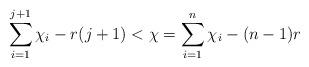
LaTeX: \begin{align*} \sum\limits_{i=1}^{j+1}\chi_i - r(j+1) < \chi = \sum\limits_{i=1}^n \chi_i - (n-1)r \end{align*}